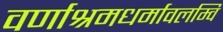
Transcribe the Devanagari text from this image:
वर्णाश्रमधर्मावलम्वि